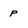
Character: p